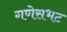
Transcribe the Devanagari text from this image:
गणेसभट